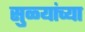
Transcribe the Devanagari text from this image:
सुळ्यांच्या